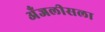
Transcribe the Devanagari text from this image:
अँजलीसला